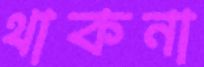
থাকনা